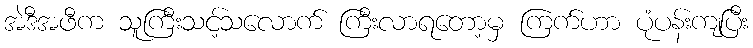
အဲဒီအဖီက သူကြီးသင့်သလောက် ကြီးလာရတော့မှ ကြက်ဟာ ပုံပန်းကျပြီး